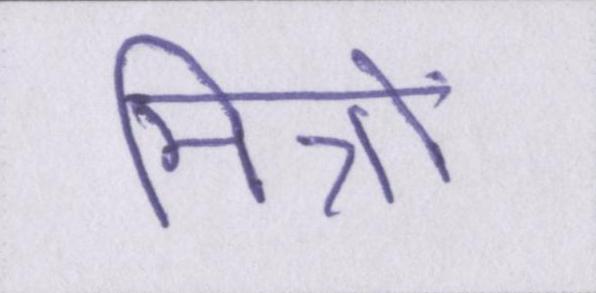
मित्रो